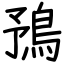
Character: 𩿗